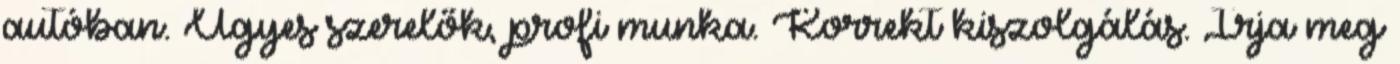
autóban. Ügyes szerelők, profi munka. Korrekt kiszolgálás. Írja meg